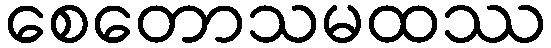
စေတောသမထဿ